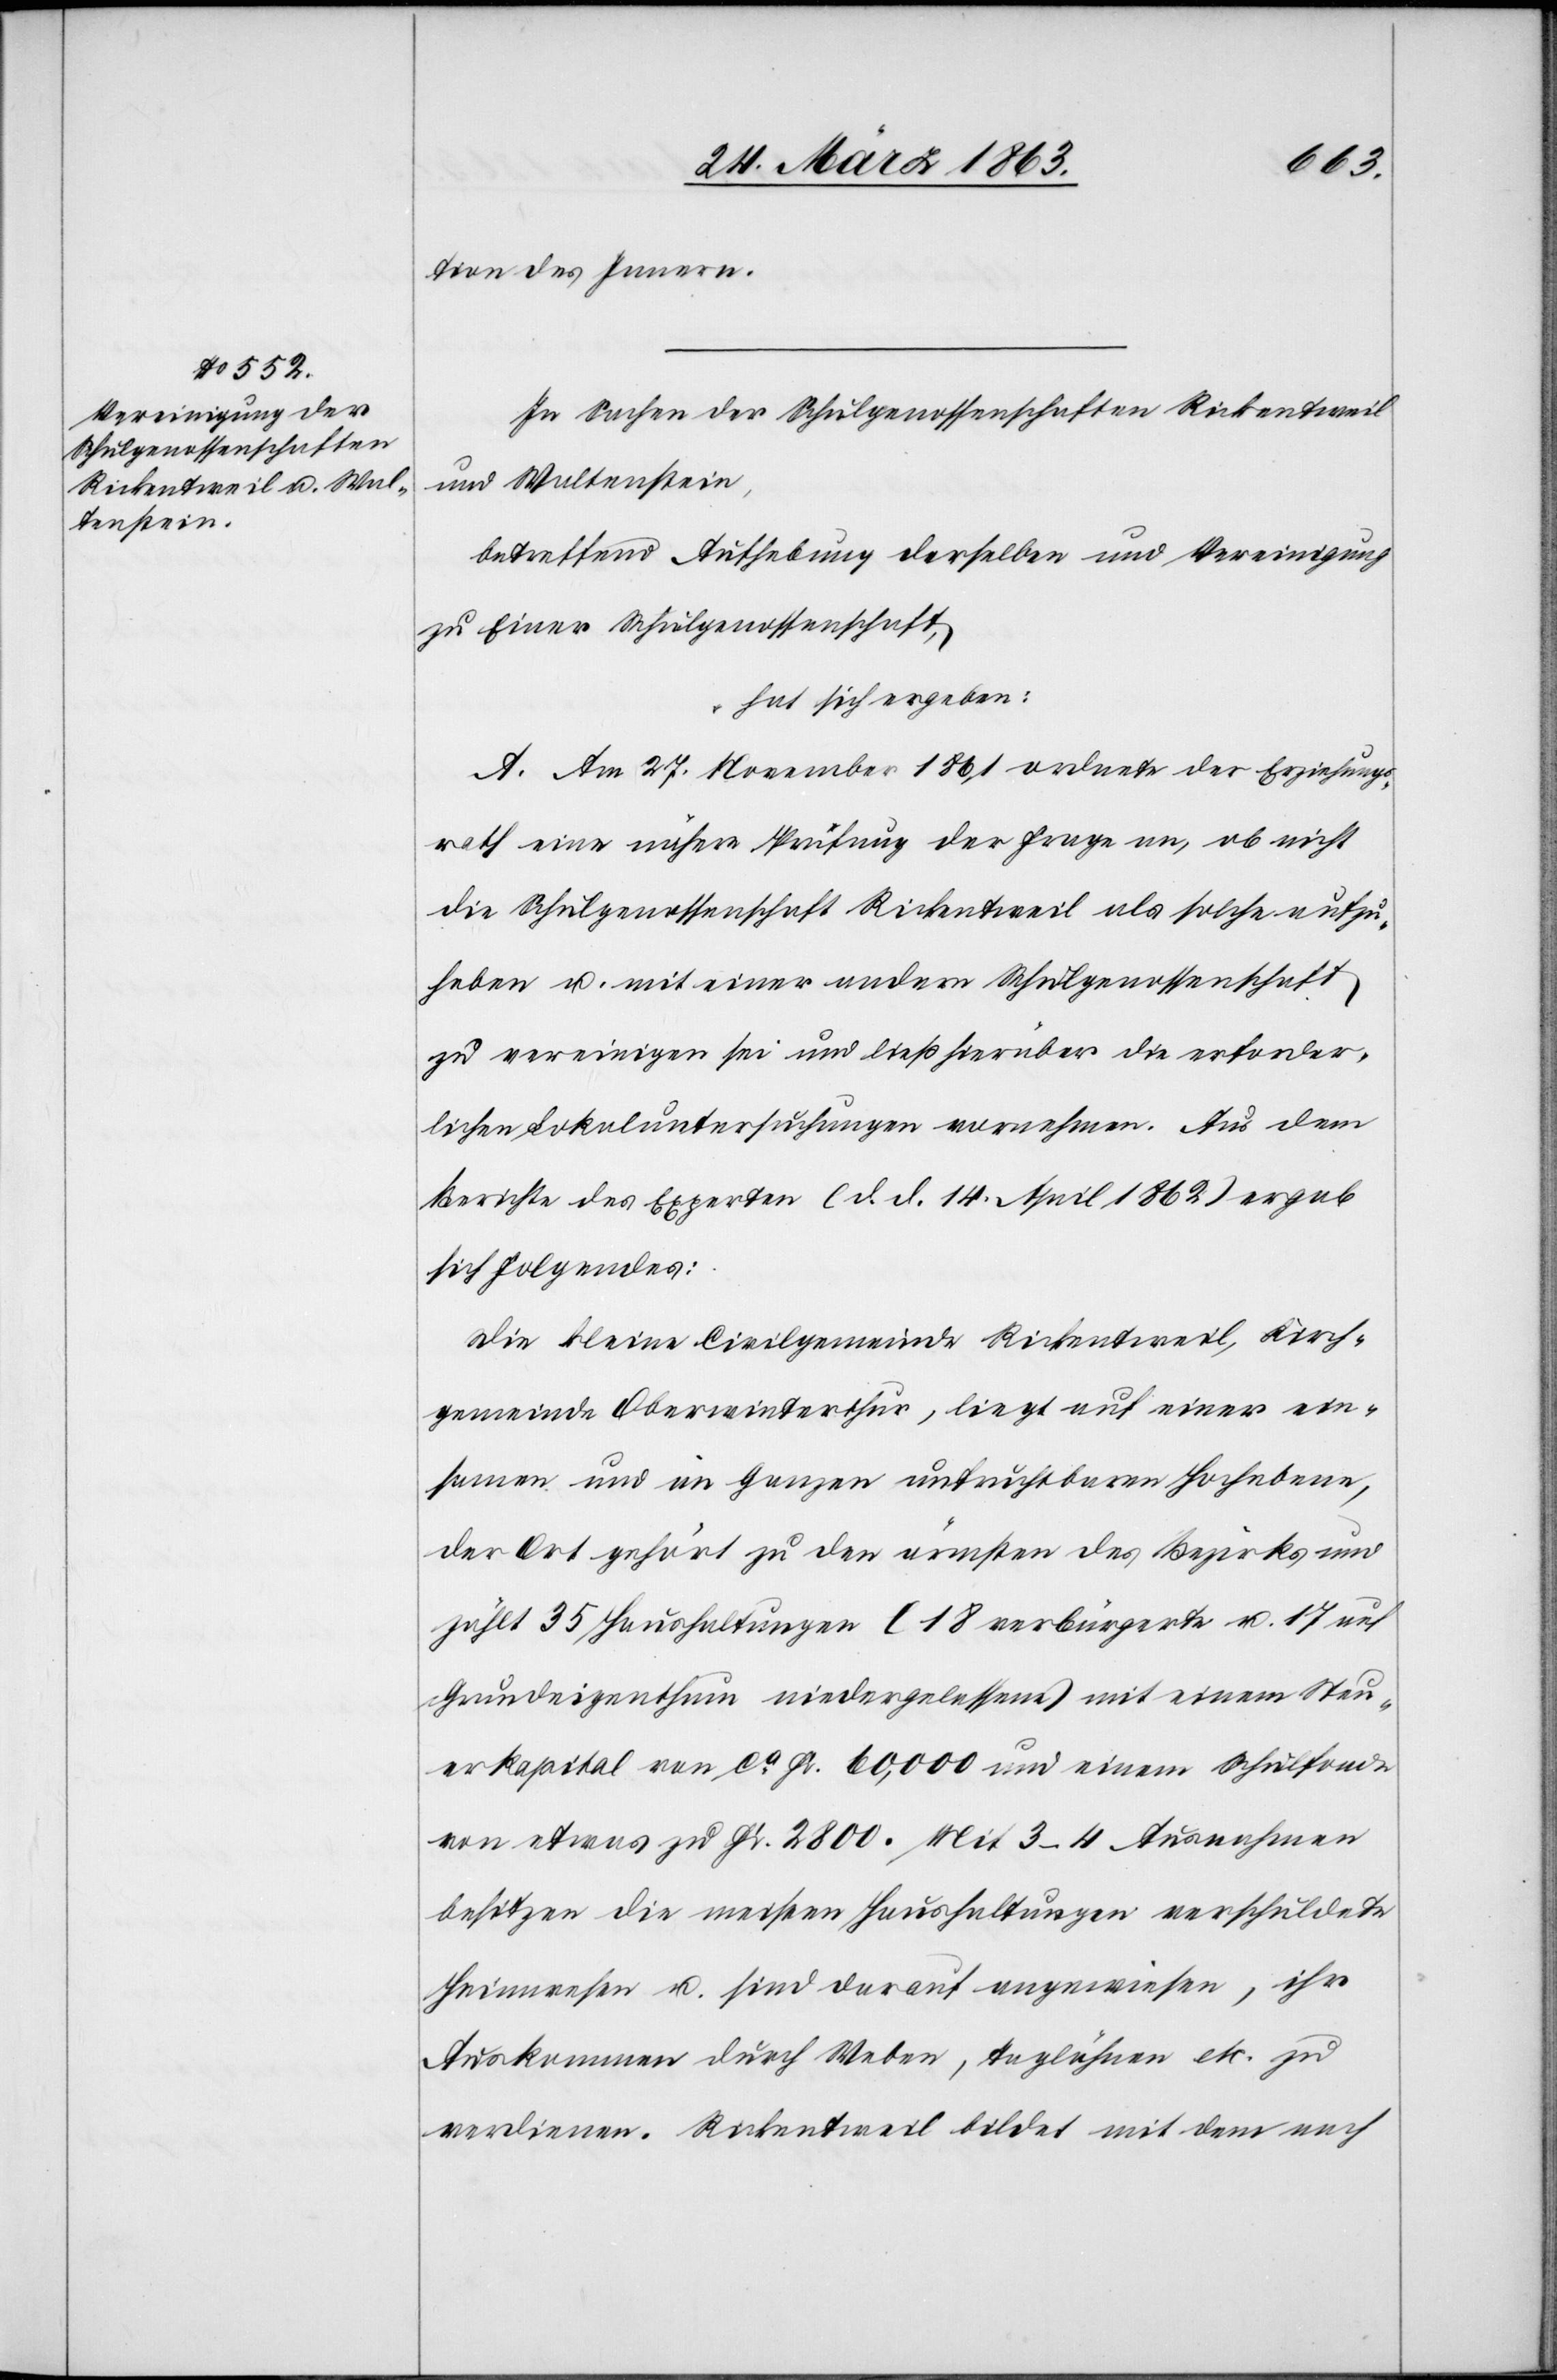
tion des Innern.
In Sachen der Schulgenossenschaften Rickentweil
und Waltenstein,
betreffend Aufhebung derselben und Vereinigung
zu Einer Schulgenossenschaft,
hat sich ergeben:
A. Am 27. November 1861 ordnete der Erziehungs¬
rath eine nähere Prüfung der Frage an, ob nicht
die Schulgenossenschaft Rickentweil als solche aufzu¬
heben u. mit einer andern Schulgenossenschaft
zu vereinigen sei und ließ hierüber die erforder¬
lichen Lokaluntersuchungen vornehmen. Aus dem
Berichte des Experten (d. d. 14. April 1862) ergab
sich Folgendes:
Die kleine Civilgemeinde Rickentweil, Kirch¬
gemeinde Oberwinterthur, liegt auf einer ein¬
samen und im Ganzen, unfruchtbaren Hochebene,
der Ort gehört zu den ärmsten des Bezirks und
zählt 35 Haushaltungen (18 verbürgerte u. 17 auf
Grundeigenthum niedergelassene) mit einem Steu¬
erkapital von ca Fr. 60,000 und einem Schulfonde
von etwas zu Fr. 2800. Mit 3–4 Ausnahmen
besitzen die meisten Haushaltungen verschuldete
Heimwesen u. sind darauf angewiesen, ihr
Auskommen durch Weben, Taglöhnen etc. zu
verdienen. Rickentweil bildet mit dem nach